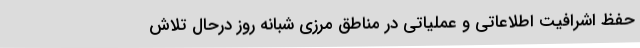
حفظ اشرافیت اطلاعاتی و عملیاتی در مناطق مرزی شبانه روز درحال تلاش